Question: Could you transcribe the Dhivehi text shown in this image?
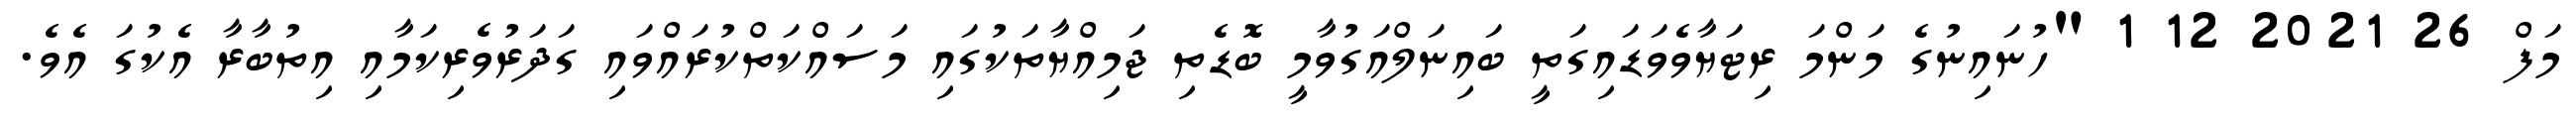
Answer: މަފް 26 2021 12 1 "ހުނައިނުގެ މަންމަ ރިޓަޔާވެވަޑައިގަތީ ބައިނަލްއަގުވާމީ ބޮޑެތި ޖަމިއްޔާތަކުގައި މަސައްކަތްކުރައްވައި ގަދަރުވެރިކަމާއި އިތުބާރާ އެކުގަ އެވެ.